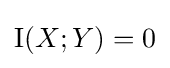
\operatorname {I} (X;Y)=0